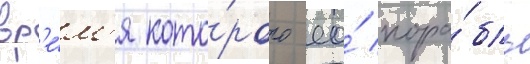
вр'е́м'я кото́рого ео́ кора́бль